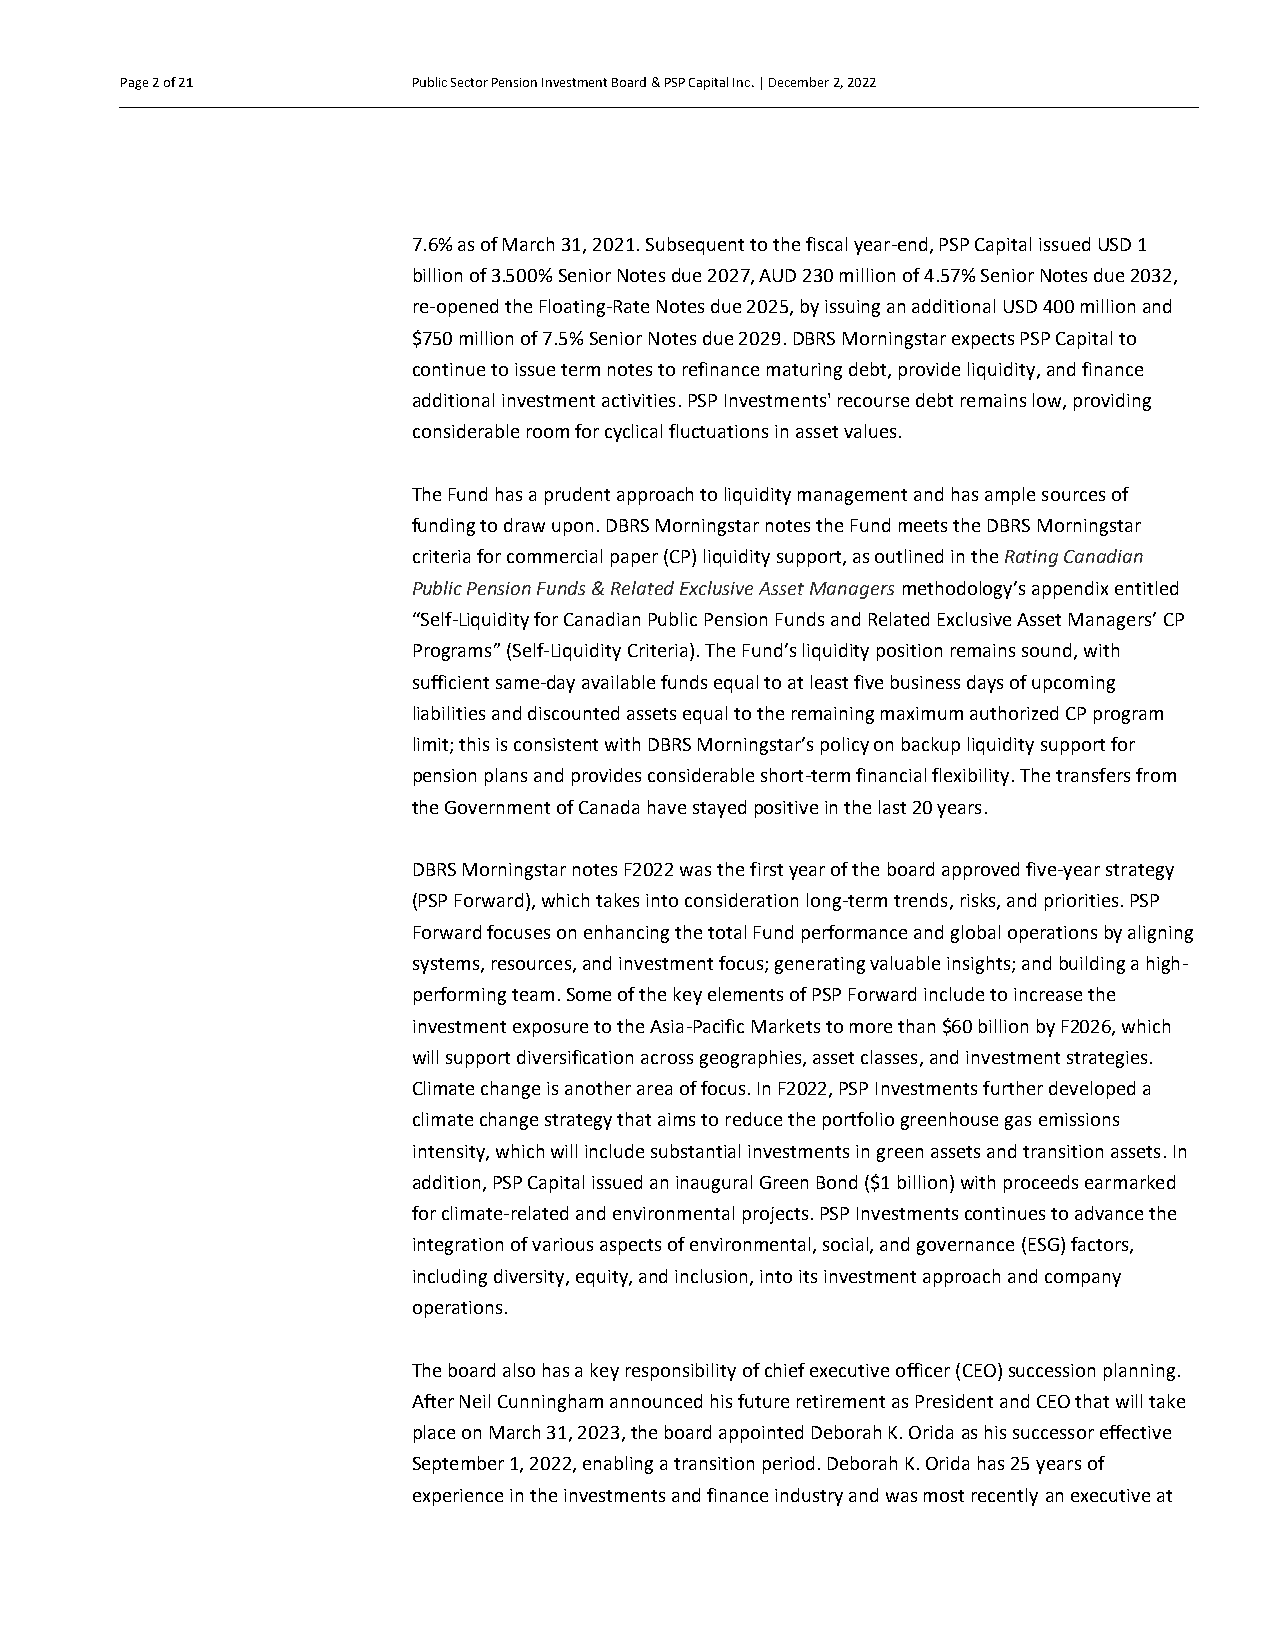
Page 2 of 21       Public Sector Pension Investment Board & PSP Capital Inc. | December 2, 2022
 Page 2 of 21
 Page 2 of 21
 Page 2 of 21
 7.6% as of March 31, 2021. Subsequent to the fiscal year-end, PSP Capital issued USD 1
 Page 2 of 21
 billion of 3.500% Senior Notes due 2027, AUD 230 million of 4.57% Senior Notes due 2032,
 re-opened the Floating-Rate Notes due 2025, by issuing an additional USD 400 million and
 Page 2 of 21
 $750 million of 7.5% Senior Notes due 2029. DBRS Morningstar expects PSP Capital to
 Page 2 of 21
 continue to issue term notes to refinance maturing debt, provide liquidity, and finance
 Page 2 of 21       additional investment activities. PSP Investments' recourse debt remains low, providing
 considerable room for cyclical fluctuations in asset values.
 The Fund has a prudent approach to liquidity management and has ample sources of
 funding to draw upon. DBRS Morningstar notes the Fund meets the DBRS Morningstar
 criteria for commercial paper (CP) liquidity support, as outlined in the Rating Canadian
 Public Pension Funds & Related Exclusive Asset Managers methodology’s appendix entitled
 “Self-Liquidity for Canadian Public Pension Funds and Related Exclusive Asset Managers’ CP
 Programs” (Self-Liquidity Criteria). The Fund’s liquidity position remains sound, with
 sufficient same-day available funds equal to at least five business days of upcoming
 liabilities and discounted assets equal to the remaining maximum authorized CP program
 limit; this is consistent with DBRS Morningstar’s policy on backup liquidity support for
 pension plans and provides considerable short-term financial flexibility. The transfers from
 the Government of Canada have stayed positive in the last 20 years.
 DBRS Morningstar notes F2022 was the first year of the board approved five-year strategy
 (PSP Forward), which takes into consideration long-term trends, risks, and priorities. PSP
 Forward focuses on enhancing the total Fund performance and global operations by aligning
 systems, resources, and investment focus; generating valuable insights; and building a high-
 performing team. Some of the key elements of PSP Forward include to increase the
 investment exposure to the Asia-Pacific Markets to more than $60 billion by F2026, which
 will support diversification across geographies, asset classes, and investment strategies.
 Climate change is another area of focus. In F2022, PSP Investments further developed a
 climate change strategy that aims to reduce the portfolio greenhouse gas emissions
 intensity, which will include substantial investments in green assets and transition assets. In
 addition, PSP Capital issued an inaugural Green Bond ($1 billion) with proceeds earmarked
 for climate-related and environmental projects. PSP Investments continues to advance the
 integration of various aspects of environmental, social, and governance (ESG) factors,
 including diversity, equity, and inclusion, into its investment approach and company
 operations.
 The board also has a key responsibility of chief executive officer (CEO) succession planning.
 After Neil Cunningham announced his future retirement as President and CEO that will take
 place on March 31, 2023, the board appointed Deborah K. Orida as his successor effective
 September 1, 2022, enabling a transition period. Deborah K. Orida has 25 years of
 experience in the investments and finance industry and was most recently an executive at